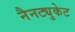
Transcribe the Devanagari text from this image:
नैनट्युकेट